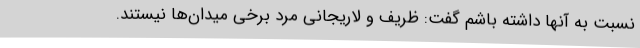
نسبت به آنها داشته باشم گفت: ظریف و لاریجانی مرد برخی میدان‌ها نیستند.